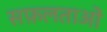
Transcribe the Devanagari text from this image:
सफ़लताओं